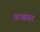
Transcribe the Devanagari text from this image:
अश्वतर